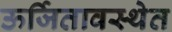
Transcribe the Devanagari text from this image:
ऊर्जितावस्थेत